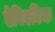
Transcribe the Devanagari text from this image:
ऐबिएटिक